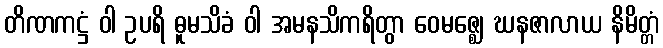
တိဏကဋ္ဌံ ဝါ ဥပရိ ဓူမသိခံ ဝါ အမနသိကရိတွာ ဝေမဇ္ဈေ ဃနဇာလာယ နိမိတ္တံ